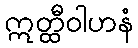
ဣတ္ထီဝါဟနံ